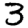
Digit: 3